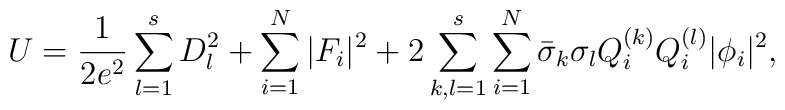
U=\frac1{2e^2}\sum_{l=1}^sD_l^2+\sum_{i=1}^N|F_i|^2+2\sum_{k,l=1}^s   \sum_{i=1}^N\bar\sigma_k\sigma_l Q^{(k)}_iQ^{(l)}_i|\phi_i|^2,